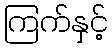
ကြက်နှင့်